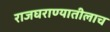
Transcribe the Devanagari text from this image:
राजघराण्यातीलाच